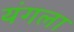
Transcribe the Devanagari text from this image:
यंगला